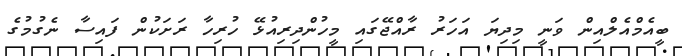
ބީއެމްއެލްއިން ވަނީ މިދިޔަ އަހަރު ރާއްޖޭގައި މީހުންދިރިއުޅޭ ހުރިހާ ރަށަކުން ފައިސާ ނެގުމުގެ